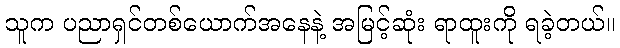
သူက ပညာရှင်တစ်ယောက်အနေနဲ့ အမြင့်ဆုံး ရာထူးကို ရခဲ့တယ်။